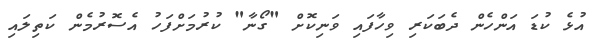
އުޅެ ކުޑަ އަންހެން ދެބަކަރި ވިހާފައި ވަނިކޮށް "ގޯނާ" ކުރުމަށްފަހު އެސޮރުމެން ކަތިލައި